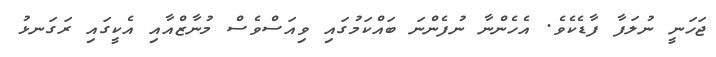
ޖަހަނީ ނުލަފާ ފާޑެކެވެ. އެހެންނާ ނުފެންނަ ބައްކަމުގައި ވިއަސްވެސް މުނާޒްއާއި އެކީގައި ރަގަނޅު